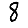
Digit: 8